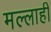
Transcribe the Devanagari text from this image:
मल्लाही